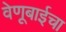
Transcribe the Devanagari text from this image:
वेणूबाईचा